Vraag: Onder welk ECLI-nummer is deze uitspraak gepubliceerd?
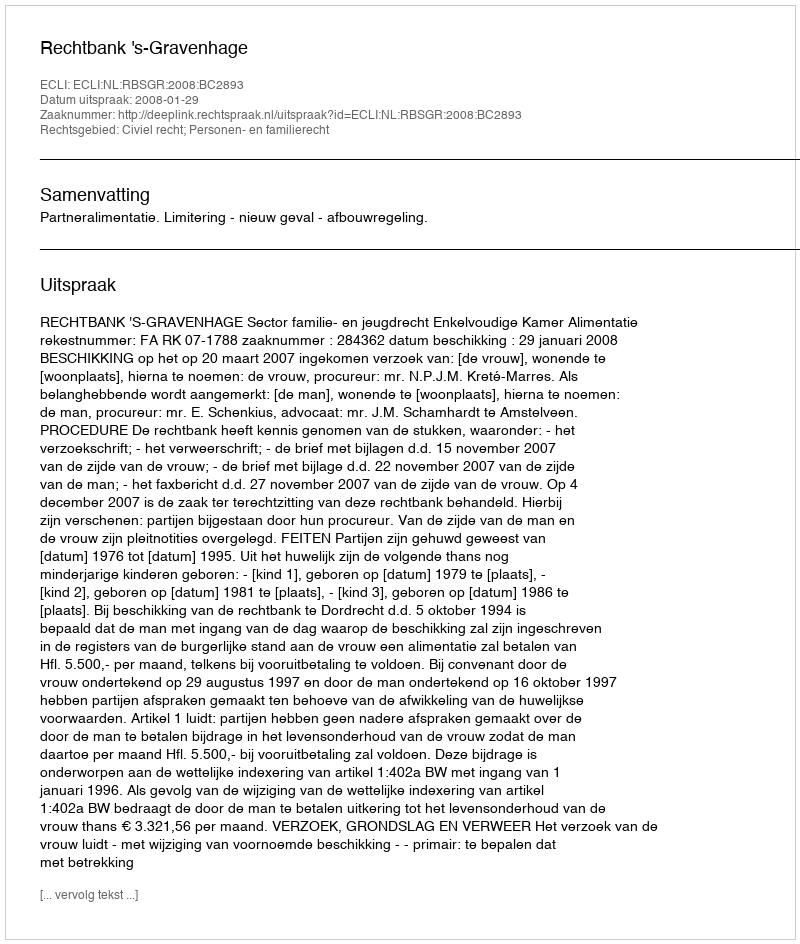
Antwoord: ECLI:NL:RBSGR:2008:BC2893